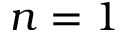
n = 1